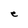
Character: e